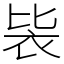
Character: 䘡